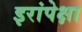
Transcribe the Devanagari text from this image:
इरांपेक्षा